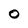
Character: 0